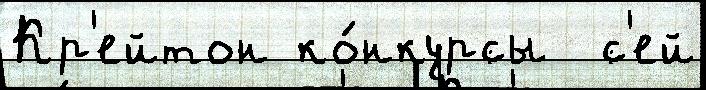
Кр'ейтон ко́нкурсы  с'ей